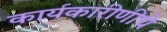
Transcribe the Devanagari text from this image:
कार्यकारीणीचे